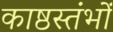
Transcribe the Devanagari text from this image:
काष्ठस्तंभों